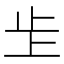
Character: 𣥌